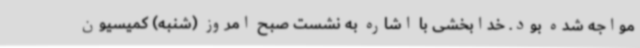
مواجه شده بود. خدابخشی با اشاره به نشست صبح امروز (شنبه) کمیسیون‌